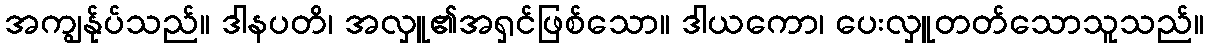
အကျွန်ုပ်သည်။ ဒါနပတိ၊ အလှူ၏အရှင်ဖြစ်သော။ ဒါယကော၊ ပေးလှူတတ်သောသူသည်။